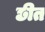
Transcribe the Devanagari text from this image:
छीत